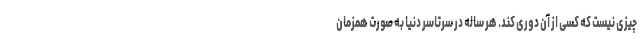
چیزی نیست که کسی از آن دوری کند. هر ساله در سرتاسر دنیا به صورت همزمان